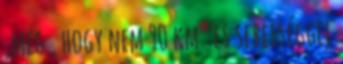
,meg , hogy nem 90 km es sebességgel